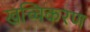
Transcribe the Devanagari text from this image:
खच्चिकरण